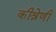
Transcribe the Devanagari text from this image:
कीश्रेणी